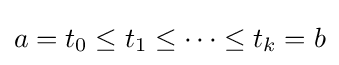
a=t_{0}\leq t_{1}\leq \cdots \leq t_{k}=b